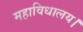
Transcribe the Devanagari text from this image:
महाविधालय।